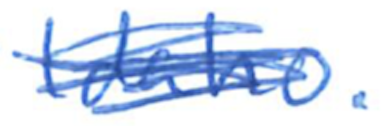
Text: Idaho.
Cross-out: scratch
Writing tool: ballpoint